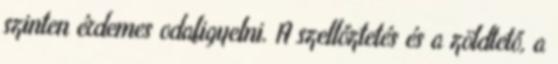
szinten érdemes odafigyelni. A szellőztetés és a zöldtető, a